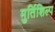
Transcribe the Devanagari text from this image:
मुर्तिशिल्प